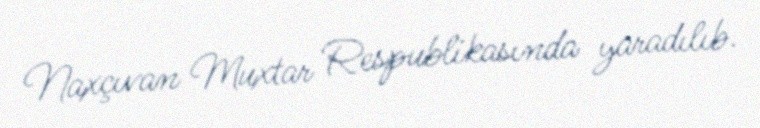
Naxçıvan Muxtar Respublikasında yaradılıb.